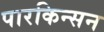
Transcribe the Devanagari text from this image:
पारकिन्सन